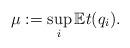
LaTeX: \begin{align*}\mu := \sup_{i}\mathbb{E}t(q_i).\end{align*}